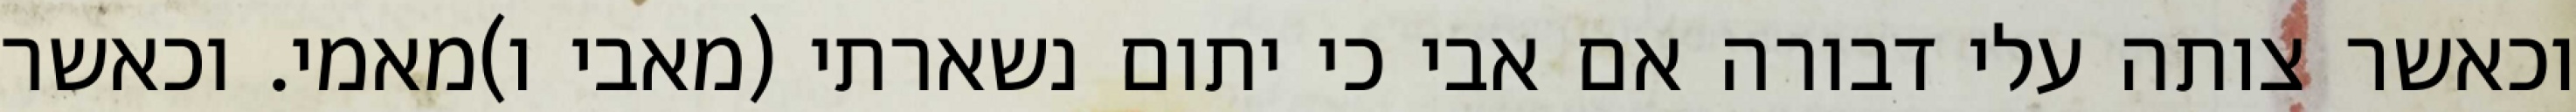
וכאשר צותה עלי דבורה אם אבי כי יתום נשארתי (מאבי ו)מאמי. וכאשר